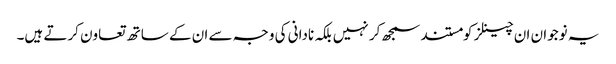
یہ نوجوان ان چینلز کومستند سمجھ کر نہیں بلکہ نادانی کی وجہ سے ان کے ساتھ تعاون کرتے ہیں۔